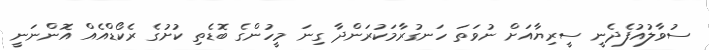
ސުވާލުއުފެދެނީ ސީރިޔާއަށް ނުވަތަ ހަނގުރާމަކުރަންދާ ގިނަ މީހުންގެ ބޮޑެތި ކުށުގެ ރެކޯޑްއެއް އޮންނަނީ